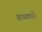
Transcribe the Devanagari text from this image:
वाध्यकारी